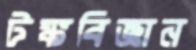
টঙ্কবিজ্ঞান